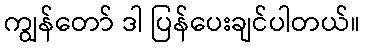
ကျွန်တော် ဒါ ပြန်ပေးချင်ပါတယ်။